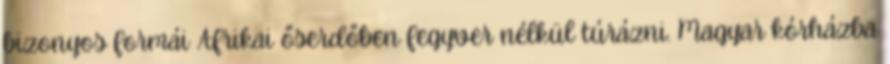
bizonyos formái Afrikai őserdőben fegyver nélkül túrázni. Magyar kórházba